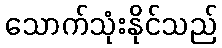
သောက်သုံးနိုင်သည်